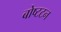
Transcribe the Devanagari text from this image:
बोष्टटन